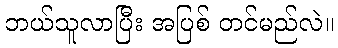
ဘယ်သူလာပြီး အပြစ် တင်မည်လဲ။